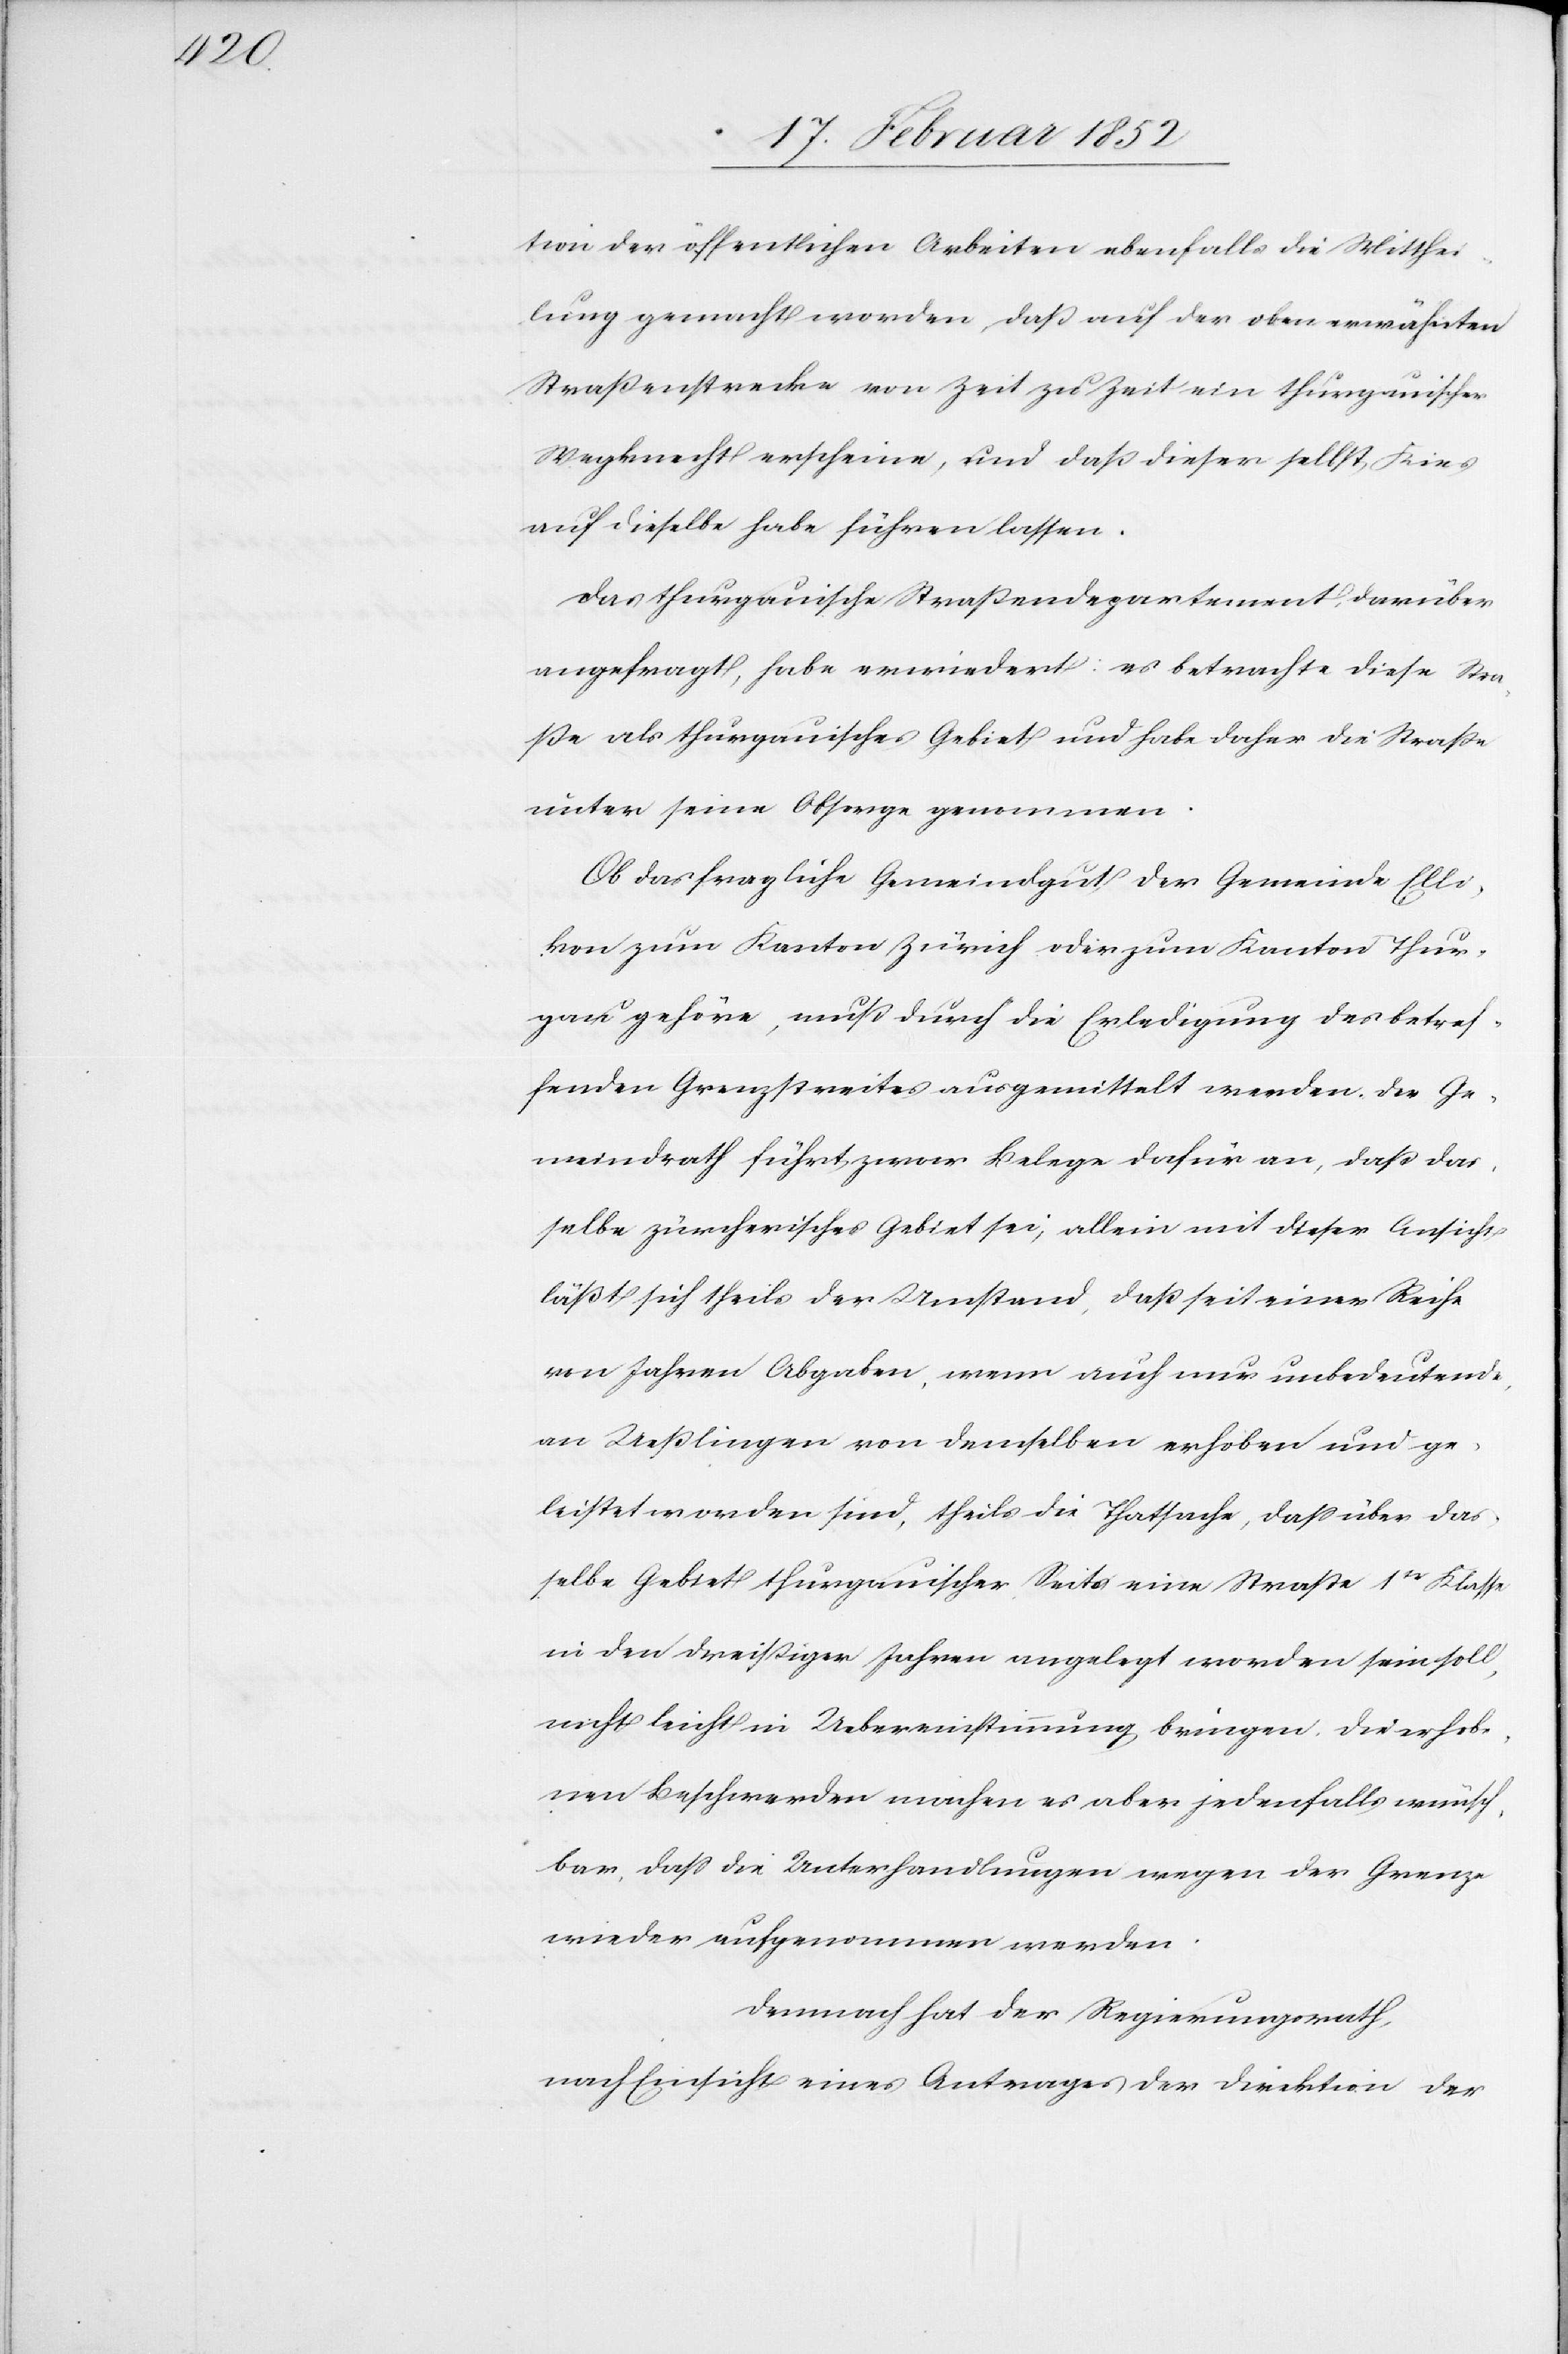
tion der öffentlichen Arbeiten ebenfalls die Mitthei¬
lung gemacht worden, daß auf der oben erwähnten
Straßenstrecke von Zeit zu Zeit ein thurgauischer
Wegknecht erscheine, und daß dieser selbst Kies
auf dieselbe habe führen lassen.
Das thurgauische Straßendepartement, darüber
angefragt, habe erwiedert: es betrachte diese Stra¬
ße als thurgauisches Gebiet und habe daher die Straße
unter seine Obsorge genommen.
Ob das fragliche Gemeindgut der Gemeinde Elli¬
kon zum Kanton Zürich oder zum Kanton Thur¬
gau gehöre, muß durch die Erledigung des betref¬
fenden Grenzstreites ausgemittelt werden. Der Ge¬
meindrath führt zwar Belege dafür an, daß das¬
selbe zürcherisches Gebiet sei, allein mit dieser Ansicht
läßt sich theils der Umstand, daß seit einer Reihe
von Jahren Abgaben, wenn auch nur unbedeutende,
an Ueßlingen von denselben erhoben und ge¬
leistet worden sind, theils die Thatsache, daß über das
selbe Gebiet thurgauischer Seits eine Straße 1te Klasse
in den dreißiger Jahren angelegt worden sein soll,
nicht leicht in Uebereinstimmung bringen. Die erhob¬
enen Beschwerden machen es aber jedenfalls wünsch¬
bar, daß die Unterhandlungen wegen der Grenze
wieder aufgenommen werden.
Demnach hat der Regierungsrath,
nach Einsicht eines Antrages der Direktion der